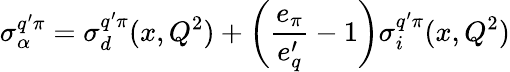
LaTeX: \sigma_{\alpha}^{q^{\prime}\pi}=\sigma_{d}^{q^{\prime}\pi}(x,Q^{2})+\left(\frac{e_{\pi}}{e_{q}^{\prime}}-1\right)\sigma_{i}^{q^{\prime}\pi}(x,Q^{2})